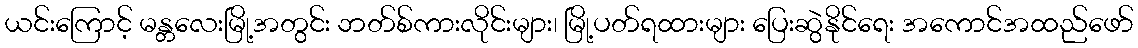
ယင်းကြောင့် မန္တလေးမြို့အတွင်း ဘတ်စ်ကားလိုင်းများ၊ မြို့ပတ်ရထားများ ပြေးဆွဲနိုင်ရေး အကောင်အထည်ဖော်